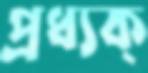
প্রধ্যক্